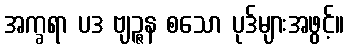
အက္ခရာ ပဒ ဗျဉ္ဇန စသော ပုဒ်များအဖွင့်။